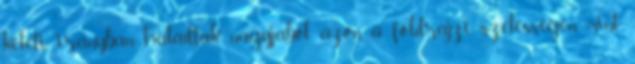
keleti irányban haladtak nagyjából azon a földrajzi szélességen, mint